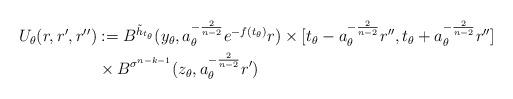
LaTeX: \begin{align*}U_{\theta}(r,r',r'')&:=B^{\tilde{h}_{t_{\theta}}}(y_{\theta},a_{\theta}^{-\frac{2}{n-2}}e^{-f(t_{\theta})}r)\times [t_{\theta}-a_{\theta}^{-\frac{2}{n-2}}r'',t_{\theta}+a_{\theta}^{-\frac{2}{n-2}}r'']\\&\times B^{\sigma^{n-k-1}}(z_{\theta},a_{\theta}^{-\frac{2}{n-2}}r')\end{align*}